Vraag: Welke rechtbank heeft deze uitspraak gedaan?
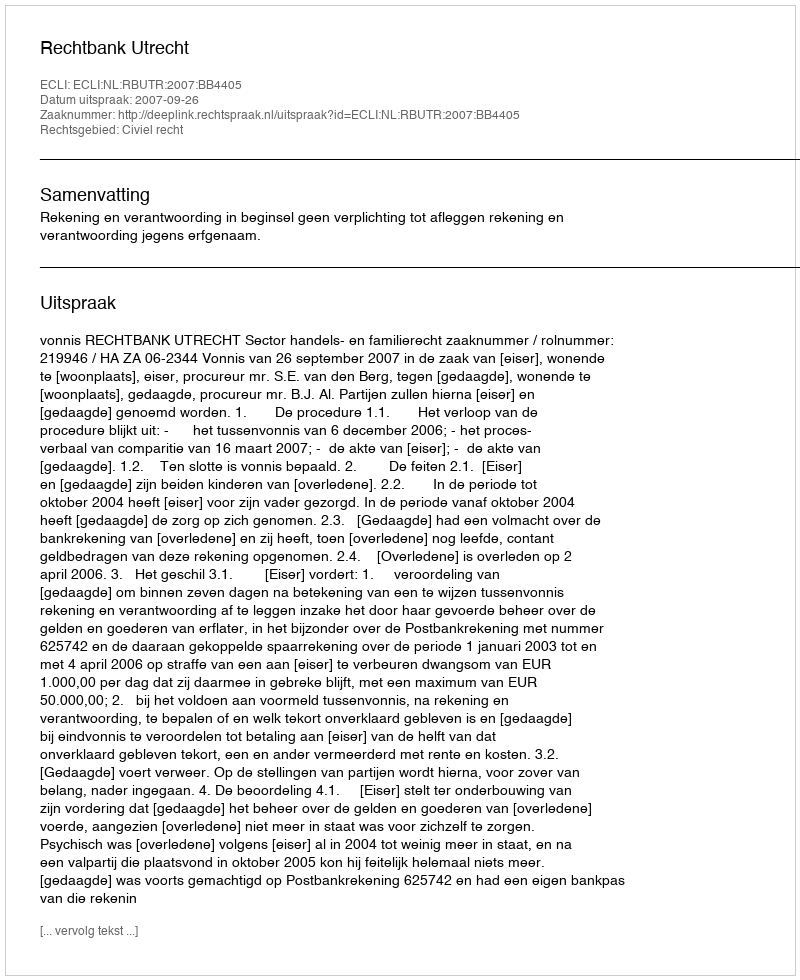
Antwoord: Rechtbank Utrecht